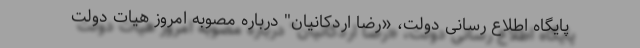
پایگاه اطلاع رسانی دولت، «رضا اردکانیان" درباره مصوبه امروز هیات دولت